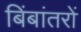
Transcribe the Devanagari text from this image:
बिंबांतरों